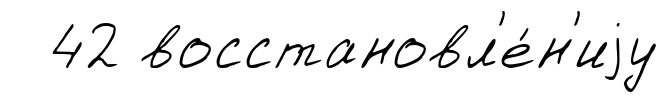
42 восстановл'е́н'иjу